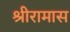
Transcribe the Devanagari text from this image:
श्रीरामास